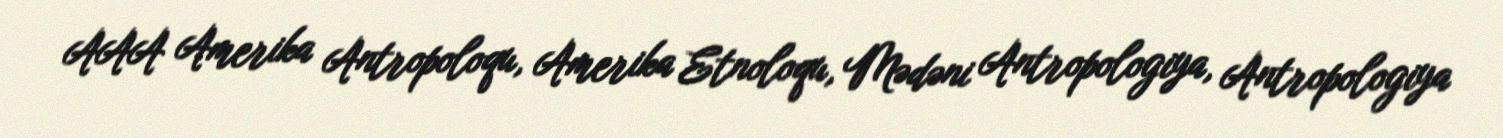
AAA Amerika Antropoloqu, Amerika Etnoloqu, Mədəni Antropologiya, Antropologiya